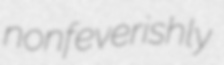
nonfeverishly